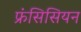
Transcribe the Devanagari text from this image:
फ्रंसिसियन